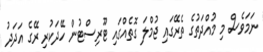
ނަމަވެސް މި މުއްދަތުގެ ތެރޭގައި ޖުމްލަ ގޮތެއްގައި ޓޫރިސްޓުން ހޭދަކުރި ރޭގެ އަދަދު